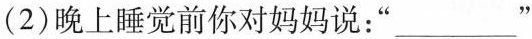
(2)晚上睡觉前你对妈妈说：”___"